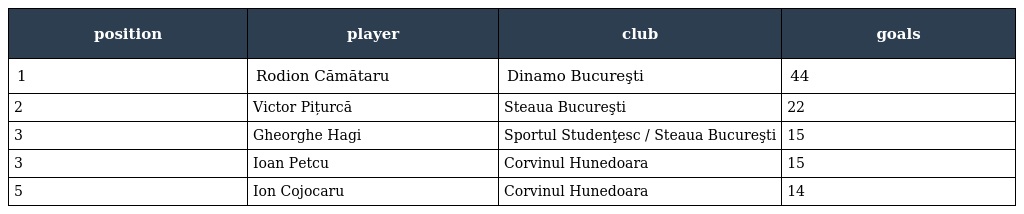
| position | player | club | goals |
 | --- | --- | --- | --- |
 | 1 | Rodion Cămătaru | Dinamo Bucureşti | 44 |
 | 2 | Victor Pițurcă | Steaua Bucureşti | 22 |
 | 3 | Gheorghe Hagi | Sportul Studenţesc / Steaua Bucureşti | 15 |
 | 3 | Ioan Petcu | Corvinul Hunedoara | 15 |
 | 5 | Ion Cojocaru | Corvinul Hunedoara | 14 |